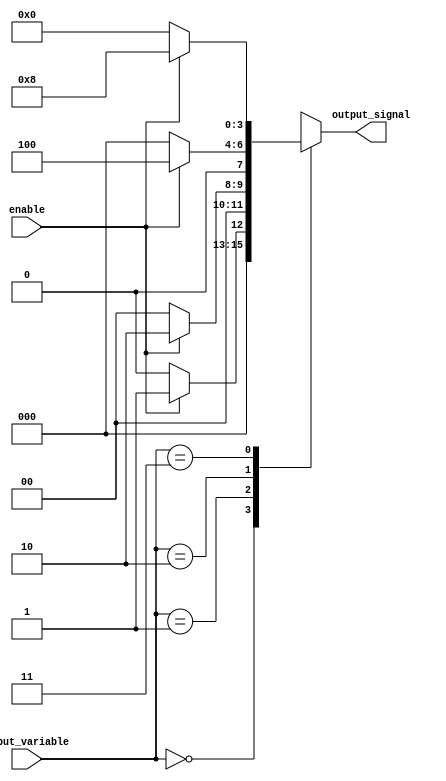
module conditional_logic(
  input [1:0] input_variable,
  input enable,
  output reg [3:0] output_signal
);

always @(*) begin
  case(input_variable)
    2'b00: begin
      if(enable)
        output_signal <= 4'b0001;
      else
        output_signal <= 4'b0000;
    end
    
    2'b01: begin
      if(enable)
        output_signal <= 4'b0010;
      else
        output_signal <= 4'b0000;
    end
    
    2'b10: begin
      if(enable)
        output_signal <= 4'b0100;
      else
        output_signal <= 4'b0000;
    end
    
    2'b11: begin
      if(enable)
        output_signal <= 4'b1000;
      else
        output_signal <= 4'b0000;
    end
    
    default: output_signal <= 4'b0000;
  endcase
end

endmodule